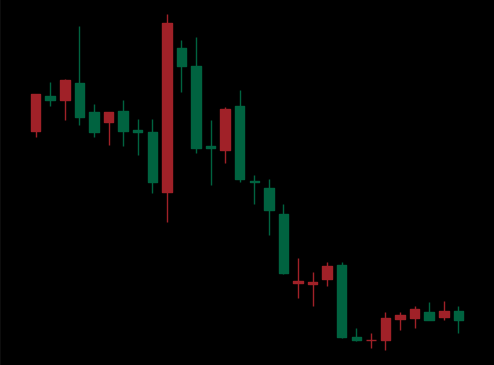
Pattern: unclassified